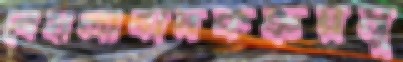
বেহালাবাদকক্রয়মূ